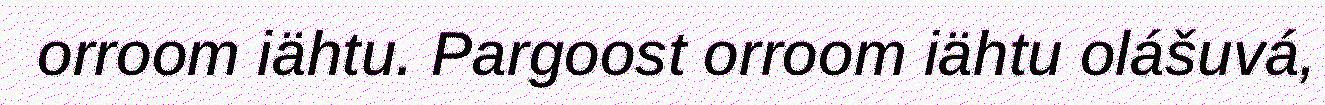
orroom iähtu. Pargoost orroom iähtu olášuvá,